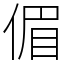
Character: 𠋥